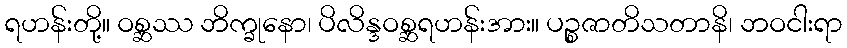
ရဟန်းတို့။ ဝစ္ဆဿ ဘိက္ခုနော၊ ပိလိန္ဒဝစ္ဆရဟန်းအား။ ပဉ္စဇာတိသတာနိ၊ ဘဝငါးရာ